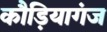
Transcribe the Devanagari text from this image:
कौड़ियागंज